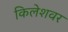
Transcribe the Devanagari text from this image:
किलेशवर